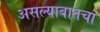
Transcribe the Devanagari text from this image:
असल्याबातचा